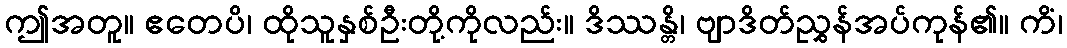
ဤအတူ။ ဧတေပိ၊ ထိုသူနှစ်ဦးတို့ကိုလည်း။ ဒိဿန္တိ၊ ဗျာဒိတ်ညွှန်အပ်ကုန်၏။ ကိံ၊